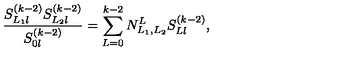
\frac { S _ { L _ { 1 } l } ^ { ( k - 2 ) } S _ { L _ { 2 } l } ^ { ( k - 2 ) } } { S _ { 0 l } ^ { ( k - 2 ) } } = \sum _ { L = 0 } ^ { k - 2 } N _ { L _ { 1 } , L _ { 2 } } ^ { L } S _ { L l } ^ { ( k - 2 ) } ,